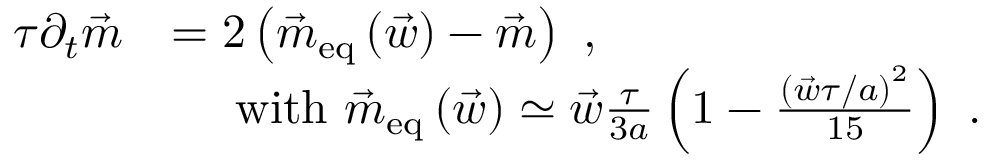
\begin{array} { r l } { \tau \partial _ { t } \vec { m } } & { = 2 \left( \vec { m } _ { \mathrm { e q } } \left( \vec { w } \right) - \vec { m } \right) \ , } \\ & { \ \ \ \ \mathrm { w i t h } \ \vec { m } _ { \mathrm { e q } } \left( \vec { w } \right) \simeq \vec { w } \frac { \tau } { 3 a } \left( 1 - \frac { \left( \vec { w } \tau / a \right) ^ { 2 } } { 1 5 } \right) \ . } \end{array}